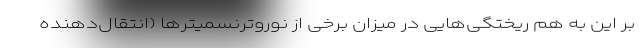
بر این به هم ریختگی‌هایی در میزان برخی از نوروترنسمیترها (انتقال‌دهنده